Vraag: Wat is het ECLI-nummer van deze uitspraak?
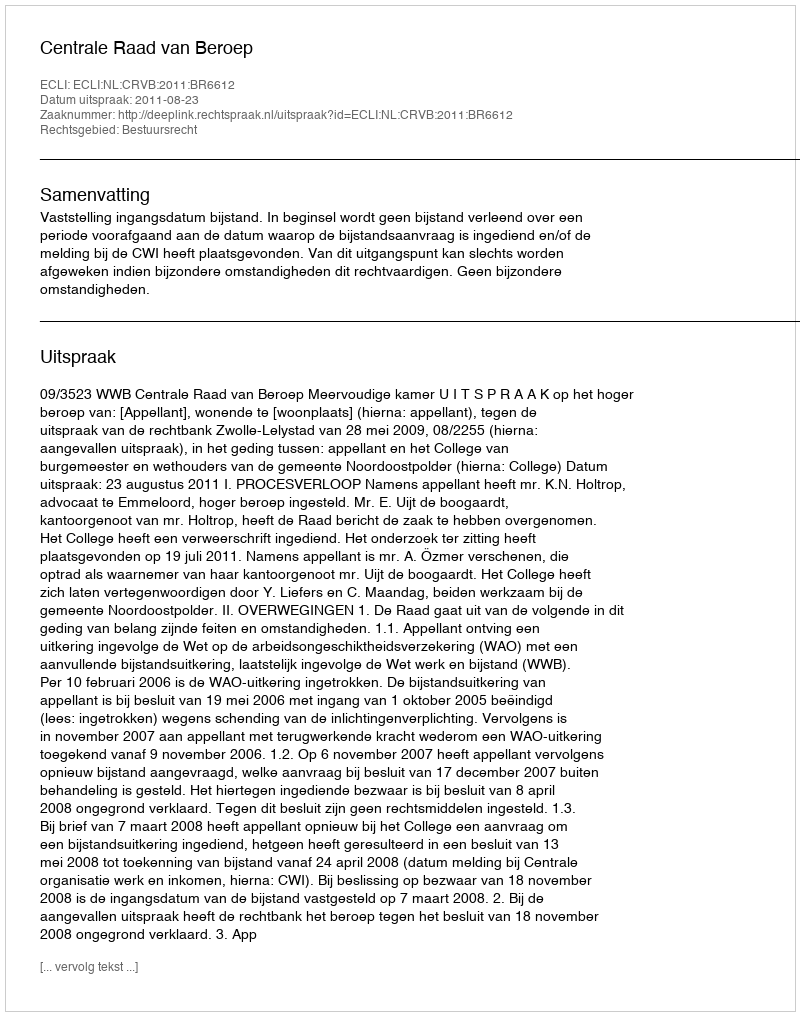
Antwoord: ECLI:NL:CRVB:2011:BR6612